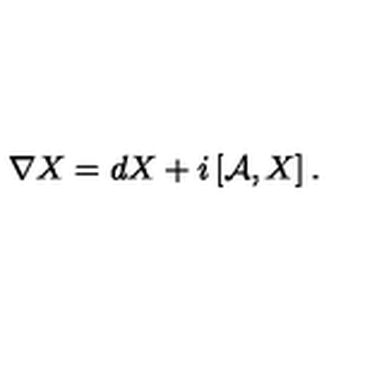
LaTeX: \nabla X = d X + i \left[ { \cal A } , X \right] .